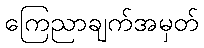
ကြေညာချက်အမှတ်